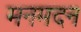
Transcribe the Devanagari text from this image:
मनमदन